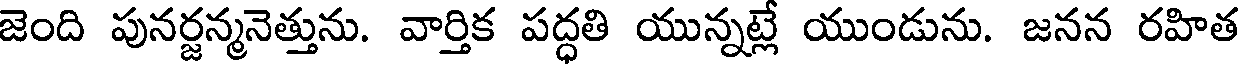
జెంది పునర్జన్మనెత్తును. వార్తిక పద్ధతి యున్నట్లే యుండును. జనన రహిత